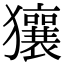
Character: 獽